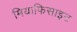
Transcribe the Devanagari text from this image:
मियाफिसाइट